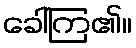
ခေါ်ကြ၏။